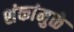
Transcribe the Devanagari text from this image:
शंकांमुळे